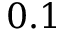
0 . 1